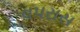
વપરાસ